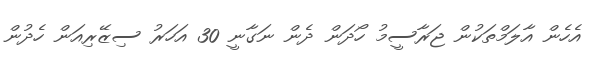
އެހެން އާލަމްތަކުން ޖަރާސީމު ހޯދަން ދެން ނަގާނީ 30 އަހަރު ސިޒޭރިއަން ހެދުން